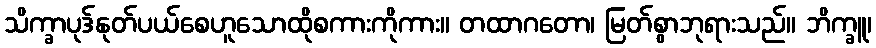
သိက္ခာပုဒ်နုတ်ပယ်စေဟူသောထိုစကားကိုကား။ တထာဂတော၊ မြတ်စွာဘုရားသည်။ ဘိက္ခူ၊